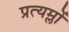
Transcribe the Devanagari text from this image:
प्रत्यम्लों